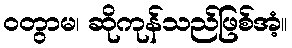
ဝတွာမ၊ ဆိုကုန်သည်ဖြစ်အံ့။